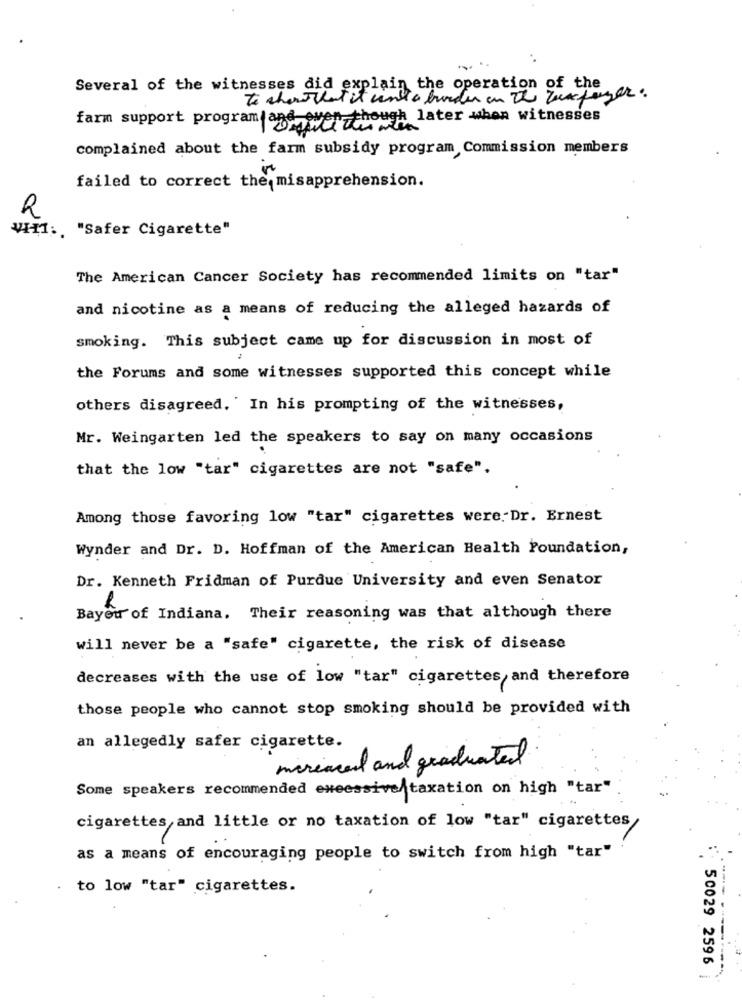
Several of the witnesses did explain the operation of the
To chorvat it cento bunden in the Zukfazer.
though later when witnesses
farm support programas weiter
complained about the farm subsidy program Commission members
failed to correct the misapprehension.
R
VI11: "Safer Cigarette"
The American Cancer Society has recommended limits on "tar"
and nicotine as a means of reducing the alleged hazards of
smoking. This subject came up for discussion in most of
the Forums and some witnesses supported this concept while
others disagreed. ' In his prompting of the witnesses,
Mr. Weingarten led the speakers to say on many occasions
that the low "tar" cigarettes are not "safe".
Among those favoring low "tar" cigarettes were Dr. Ernest
Wynder and Dr. D. Hoffman of the American Health Foundation,
Dr. Kenneth Fridman of Purdue University and even Senator
Bayou of Indiana. Their reasoning was that although there
will never be a "safe" cigarette, the risk of disease
decreases with the use of low "tar" cigarettes, and therefore
those people who cannot stop smoking should be provided with
an allegedly safer cigarette.
mariaced and graduated
Some speakers recommended excessive taxation on high "tar"
cigarettes and little or no taxation of low "tar" cigarettes
as a means of encouraging people to switch from high "tar"
to low "tar" cigarettes.
:50029 2596